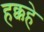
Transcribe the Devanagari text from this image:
हक्कहे